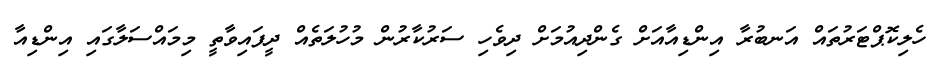
ހެލިކޮޕްޓަރުތައް އަނބުރާ އިންޑިއާއަށް ގެންދިއުމަށް ދިވެހި ސަރުކާރުން މުހުލަތެއް ދީފައިވާތީ މިމައްސަލާގައި އިންޑިއާ